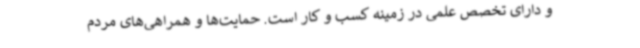
و دارای تخصص علمی در زمینه کسب و کار است. حمایت‌ها و همراهی‌های مردم